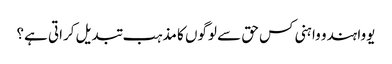
یووا ہندو واہنی کس حق سے لوگوں کا مذہب تبدیل کراتی ہے؟